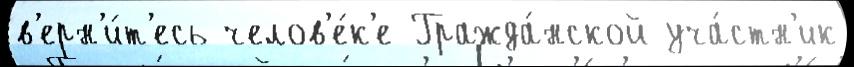
в'ерн'и́т'есь челов'е́к'е Гражда́нской уча́стн'ик